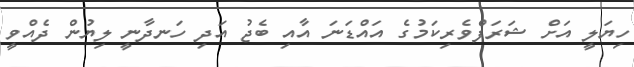
ހިޔަލީ އަށް ޝަރަފްވެރިކަމުގެ އައްޑަނަ އާއި ބެޖު އަދި ހަނދާނީ ލިޔުން ދެއްވީ